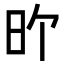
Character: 𪰇